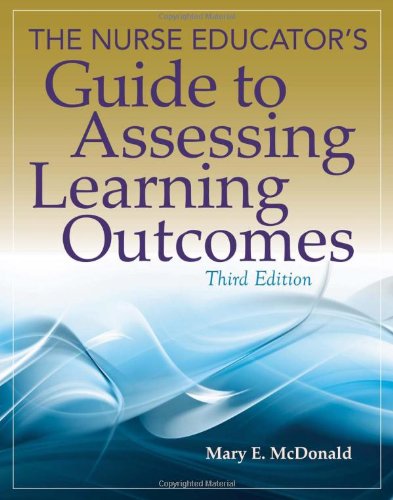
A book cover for The Nurse Educator's Guide to Assessing Learning Outcomes; Mary E. McDonald; Medical Books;